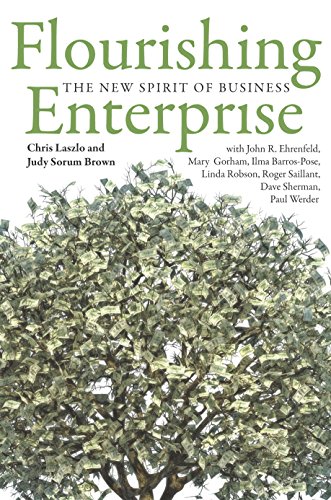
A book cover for Flourishing Enterprise: The New Spirit of Business; Chris Laszlo; Business & Money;